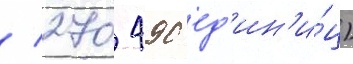
/ 270 490 ед'ин'и́ц)